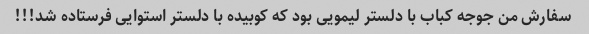
سفارش من جوجه کباب با دلستر لیمویی بود که کوبیده با دلستر استوایی فرستاده شد!!!